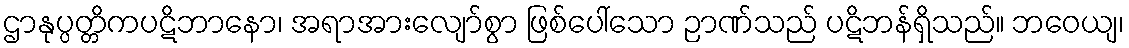
ဌာနုပ္ပတ္တိကပဋိဘာနော၊ အရာအားလျော်စွာ ဖြစ်ပေါ်သော ဉာဏ်သည် ပဋိဘန်ရှိသည်။ ဘဝေယျ၊